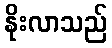
နိုးလာသည်